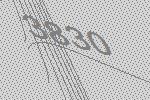
3830